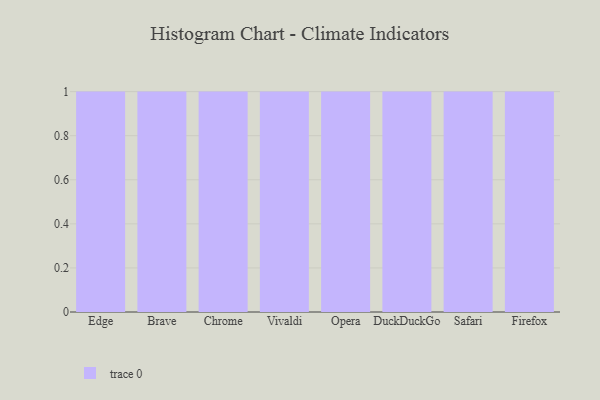
{"axis": {"x": "Browser", "y": "Website Visitors"}, "legend": [""], "data": [{"x": "Edge", "y": 26, "type": ""}, {"x": "Brave", "y": 38, "type": ""}, {"x": "Chrome", "y": 79, "type": ""}, {"x": "Vivaldi", "y": 42, "type": ""}, {"x": "Opera", "y": 73, "type": ""}, {"x": "DuckDuckGo", "y": 33, "type": ""}, {"x": "Safari", "y": 28, "type": ""}, {"x": "Firefox", "y": 86, "type": ""}]}